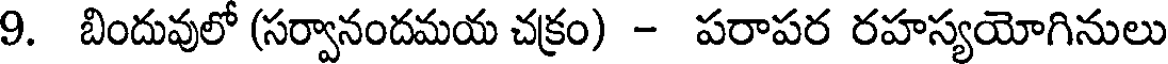
9. బిందువులో (సర్వానందమయ చక్రం) - పరాపర రహస్యయోగినులు